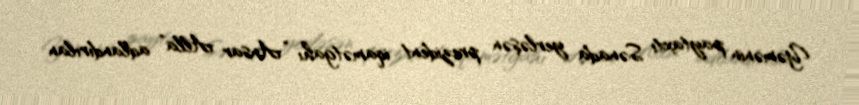
Yəmənin paytaxtı Sənada yerləşən prezident iqamətgahı “Ansar Alla” adlandırılan